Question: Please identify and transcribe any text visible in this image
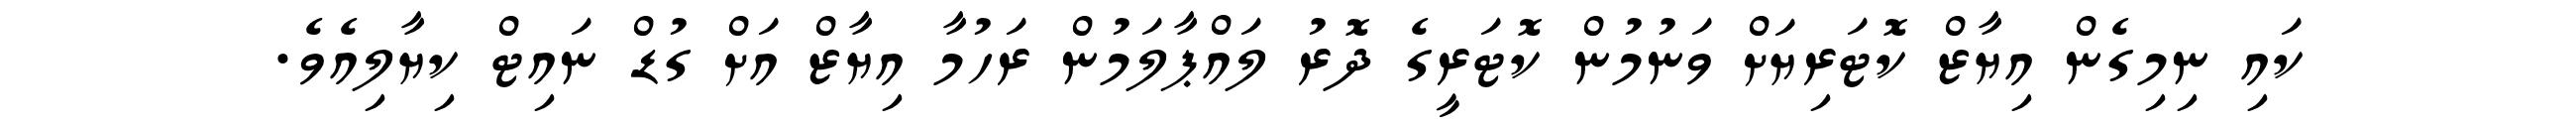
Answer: ކައި ނިމިގެން އިޔާޒް ކޮޓަރިޔަށް ވަނުމުން ކޮޓަރީގެ ދޮރު ލައްޕާލަމުން ރަހުމާ އިޔާޒް އަށް ގުޑް ނައިޓް ކިޔާލިއެވެ.